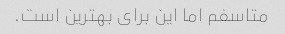
متاسفم اما این برای بهترین است.